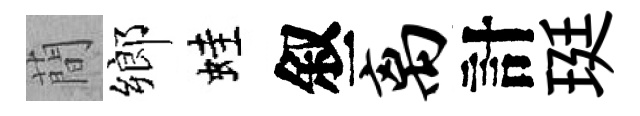
蕳鄉蛙叙离計珽